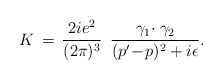
\begin{align*}K\,=\,{2ie^2\over(2\pi)^3}\,\,\,{\gamma_1\!\cdot\gamma_2\over(p'\!-\!p)^2+i\epsilon}.\end{align*}